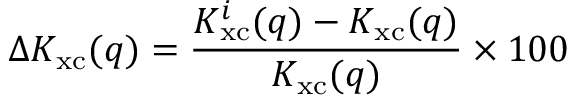
\Delta K _ { \mathrm { x c } } ( q ) = \frac { K _ { \mathrm { x c } } ^ { i } ( q ) - K _ { \mathrm { x c } } ( q ) } { K _ { \mathrm { x c } } ( q ) } \times 1 0 0 \